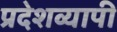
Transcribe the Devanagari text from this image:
प्रदेशव्यापी